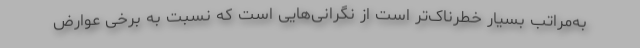
به‌مراتب بسیار خطرناک‌تر است از نگرانی‌هایی است که نسبت به برخی عوارض